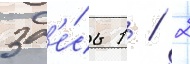
Зд'е́сь 1 / 2